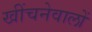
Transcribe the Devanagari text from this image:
खींचनेवालों